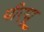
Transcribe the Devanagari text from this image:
पीएयू